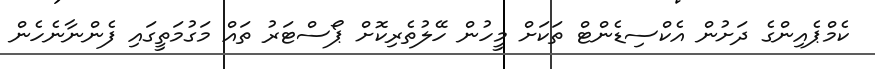
ކެމްޕެއިންގެ ދަށުން އެކްސިޑެންޓް ތަކަށް މީހުން ހޭލުތެރިކޮށް ޕޯސްޓަރު ތައް މަގުމަތީގައި ފެންނާނެހެން